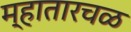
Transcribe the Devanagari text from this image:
म्हातारचळ